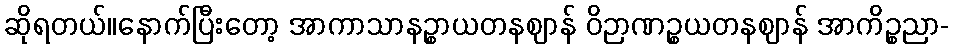
ဆိုရတယ်။နောက်ပြီးတော့ အာကာသာနဉ္စာယတနဈာန် ဝိဉာဏဉ္စယတနဈာန် အာကိဉ္စညာ-